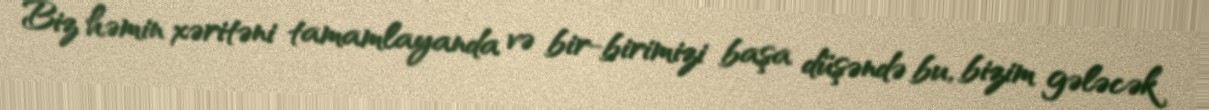
Biz həmin xəritəni tamamlayanda və bir-birimizi başa düşəndə bu, bizim gələcək